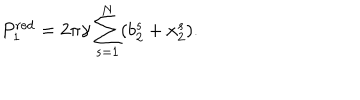
P _ { 1 } ^ { \mathrm { r e d } } = 2 \pi \gamma \sum _ { s = 1 } ^ { N } ( b _ { 2 } ^ { s } + x _ { 2 } ^ { s } ) .